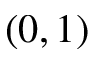
( 0 , 1 )